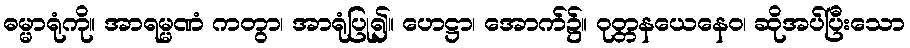
ဓမ္မာရုံကို။ အာရမ္မဏံ ကတွာ၊ အာရုံပြု၍။ ဟေဋ္ဌာ၊ အောက်၌။ ဝုတ္တနယေနေဝ၊ ဆိုအပ်ပြီးသော